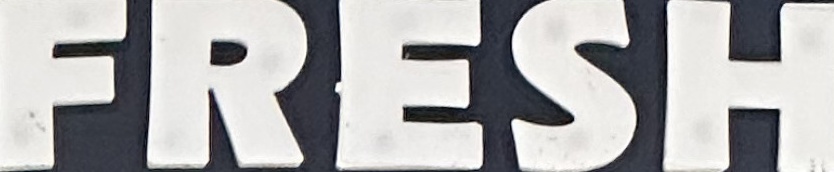
FRESH